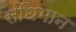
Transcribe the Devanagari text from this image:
संधिमान